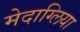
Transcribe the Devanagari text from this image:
मेदाग्लिया